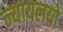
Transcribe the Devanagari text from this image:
न्यायलयो